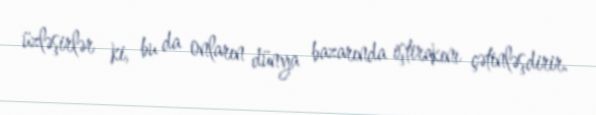
üzləşirlər ki, bu da onların dünya bazarında iştirakını çətinləşdirir.